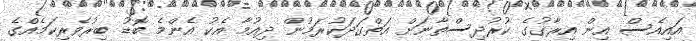
އައިއެސް އިން އިރާގުގެ ކުރުދިސްތާނަށް އަތްގަދަކުރަމުން ދިއުމާ އެކު އެންމެ ބޮޑު ބިރުވެރިކަމެއްގެ